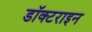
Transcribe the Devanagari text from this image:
डॉक्टराइन